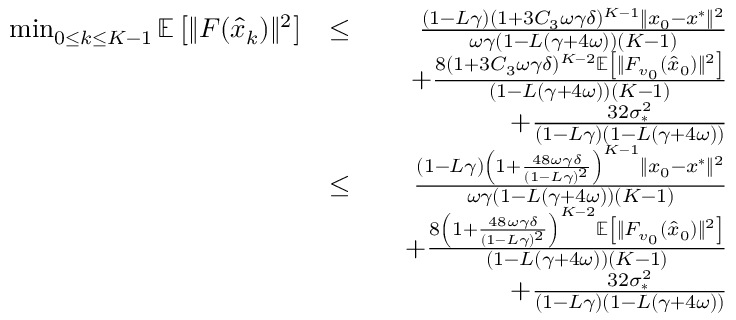
\begin{array} { r l r } { \operatorname* { m i n } _ { 0 \leq k \leq K - 1 } \mathbb { E } \left[ \| F ( \hat { x } _ { k } ) \| ^ { 2 } \right] } & { \leq } & { \frac { ( 1 - L \gamma ) ( 1 + 3 C _ { 3 } \omega \gamma \delta ) ^ { K - 1 } \| x _ { 0 } - x ^ { * } \| ^ { 2 } } { \omega \gamma ( 1 - L ( \gamma + 4 \omega ) ) ( K - 1 ) } } \\ & { } & { \quad + \frac { 8 ( 1 + 3 C _ { 3 } \omega \gamma \delta ) ^ { K - 2 } \mathbb { E } \left[ \| F _ { v _ { 0 } } ( \hat { x } _ { 0 } ) \| ^ { 2 } \right] } { ( 1 - L ( \gamma + 4 \omega ) ) ( K - 1 ) } } \\ & { } & { \quad + \frac { 3 2 \sigma _ { * } ^ { 2 } } { ( 1 - L \gamma ) ( 1 - L ( \gamma + 4 \omega ) ) } } \\ & { \leq } & { \frac { ( 1 - L \gamma ) \left( 1 + \frac { 4 8 \omega \gamma \delta } { ( 1 - L \gamma ) ^ { 2 } } \right) ^ { K - 1 } \| x _ { 0 } - x ^ { * } \| ^ { 2 } } { \omega \gamma ( 1 - L ( \gamma + 4 \omega ) ) ( K - 1 ) } } \\ & { } & { \quad + \frac { 8 \left( 1 + \frac { 4 8 \omega \gamma \delta } { ( 1 - L \gamma ) ^ { 2 } } \right) ^ { K - 2 } \mathbb { E } \left[ \| F _ { v _ { 0 } } ( \hat { x } _ { 0 } ) \| ^ { 2 } \right] } { ( 1 - L ( \gamma + 4 \omega ) ) ( K - 1 ) } } \\ & { } & { \quad + \frac { 3 2 \sigma _ { * } ^ { 2 } } { ( 1 - L \gamma ) ( 1 - L ( \gamma + 4 \omega ) ) } } \end{array}